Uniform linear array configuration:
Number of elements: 64
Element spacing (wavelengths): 0.25
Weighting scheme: hann
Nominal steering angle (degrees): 45
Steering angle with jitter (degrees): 46.338
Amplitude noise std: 0.05
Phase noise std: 0.05

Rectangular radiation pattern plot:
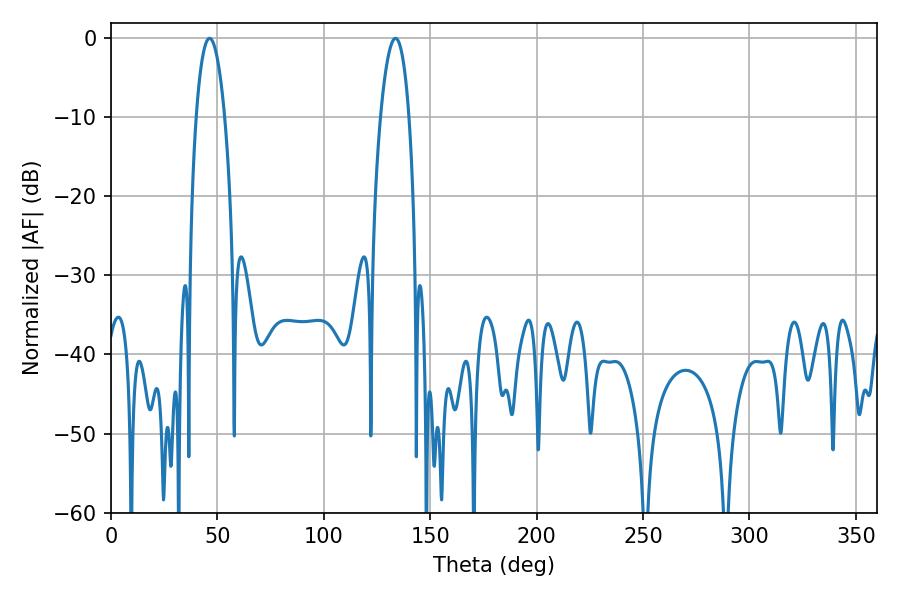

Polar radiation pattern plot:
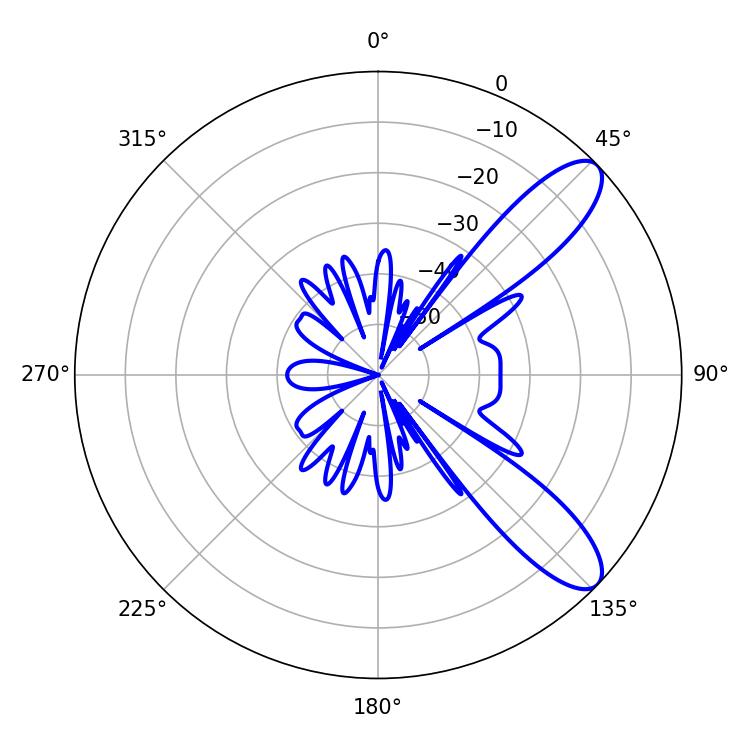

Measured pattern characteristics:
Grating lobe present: FALSE
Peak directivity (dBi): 9.959
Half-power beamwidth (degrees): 7.56
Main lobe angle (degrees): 46.26